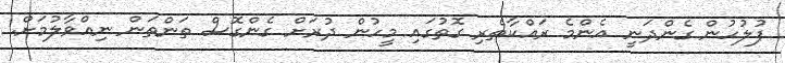
ފުލުހުން ގެންދަނީ އެންމެ ރައްކާތެރި ގޮތުގައި މީހުން ދުރަށް ގެންގޮސް ތަންތަން ނިއްވާލުމަށް.